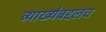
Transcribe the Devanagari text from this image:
व्याख्येबद्दलच